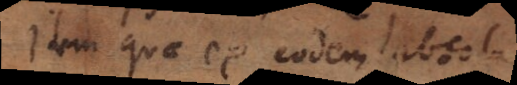
Item quae ex eodem absolute